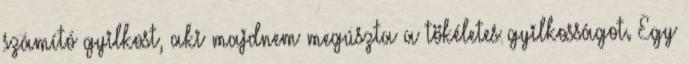
számító gyilkost, aki majdnem megúszta a tökéletes gyilkosságot. Egy